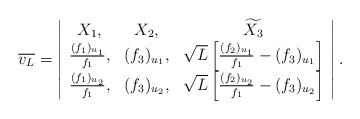
LaTeX: \begin{align*}\overline{v_L}=\left| \begin{array}{ccc} X_1, & X_2,&\widetilde{X_3} \\ \frac{(f_1)_{u_1}}{f_1} , & (f_3)_{u_1}, & \sqrt{L}\left[\frac{(f_2)_{u_1}}{f_1}-(f_3)_{u_1}\right] \\ \frac{(f_1)_{u_2}}{f_1}, & (f_3)_{u_2}, & \sqrt{L}\left[\frac{(f_2)_{u_2}}{f_1}-(f_3)_{u_2}\right]\\ \end{array}\right|.\end{align*}